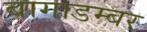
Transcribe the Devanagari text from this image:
बागाडम्बर